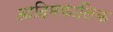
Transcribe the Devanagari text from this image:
आदिमकालिक